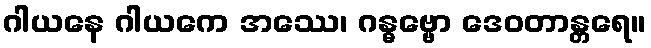
ဂါယနေ ဂါယကေ အဿေ၊ ဂန္ဓဗ္ဗော ဒေဝတာန္တရေ။